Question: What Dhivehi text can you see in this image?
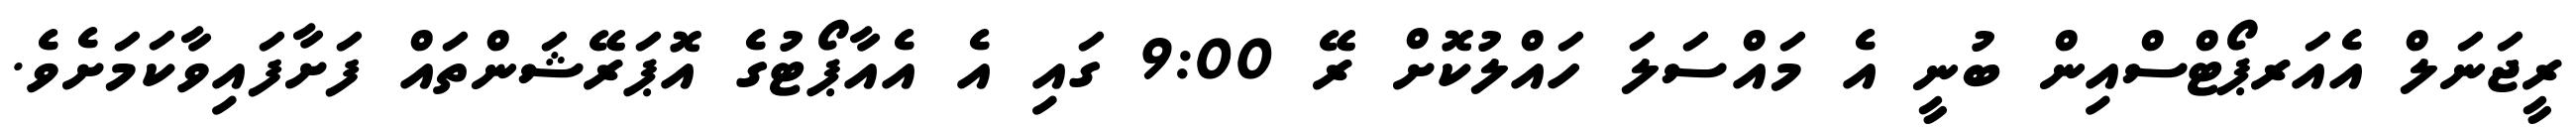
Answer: ރީޖަނަލް އެއަރޕޯޓްސްއިން ބުނީ އެ މައްސަލަ ހައްލުކޮށް ރޭ 9:00 ގައި އެ އެއާޕޯޓުގެ އޮޕަރޭޝަންތައް ފަށާފައިވާކަމަށެވެ.